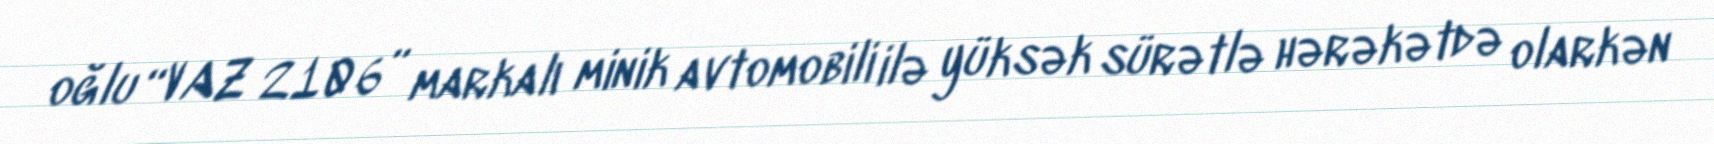
oğlu “VAZ 2106” markalı minik avtomobili ilə yüksək sürətlə hərəkətdə olarkən